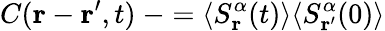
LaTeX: C(\mathbf{r}-\mathbf{r^{\prime}},t)\ -=\langle S_{\mathbf{r}}^{\alpha}(t)\rangle\langle S_{\mathbf{r^{\prime}}}^{\alpha}(0)\rangle